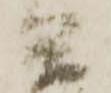
兵